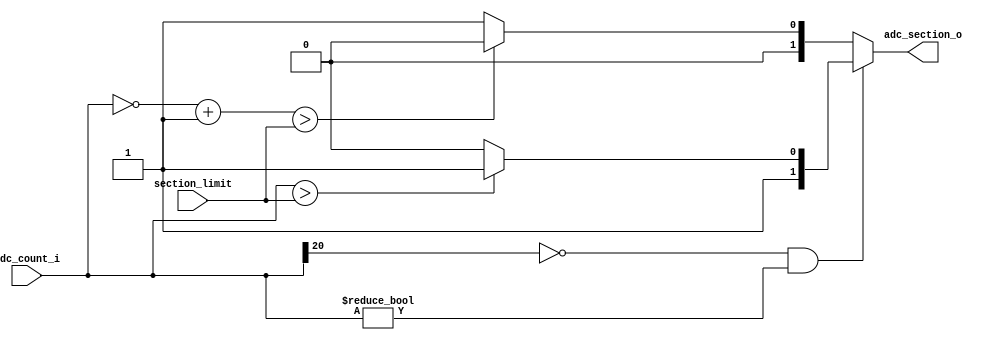
`timescale 1ns / 1ps
//////////////////////////////////////////////////////////////////////////////////
// Company: 
// Engineer: 
// 
// Design Name: 
// Module Name:    coeff_reg 
// Project Name: 
// Target Devices: 
// Tool versions: 
// Description: 
//
// Dependencies: 
//
// Revision: 
// Revision 0.01 - File Created
// Additional Comments: 
//
//////////////////////////////////////////////////////////////////////////////////
module coeff_comparator(
	 // 21 bits two's complement adc_count
	 input  [20:0] adc_count_i,
	 // section limit
	 input  [19:0] section_limit,
	 // output section 
	 output reg [1:0] adc_section_o
    );
    // temporariy reg wire
	 reg  [21:0] tmp_store;

	
always @(*)
begin
	// when adc_count >0
	if(adc_count_i[20]==0 && adc_count_i != 21'b0)
	begin
		if(adc_count_i>section_limit)
		begin
			adc_section_o = 2'b11;	
		end
		else
		begin
			adc_section_o = 2'b10;
		end
	end
	// when adc_count <=0
	else 
	begin
		tmp_store[21]=0;
		tmp_store[20:0]=~adc_count_i+1;
	   if(tmp_store>section_limit)
		begin
			adc_section_o = 2'b00;
		end
		else
		begin
			adc_section_o = 2'b01;
		end
	end
end

endmodule